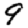
Digit: 9